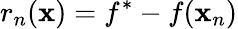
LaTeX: r_{n}(\mathbf{x})=f^{*}-f(\mathbf{x}_{n})